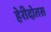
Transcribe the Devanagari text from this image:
हेरीदोतस